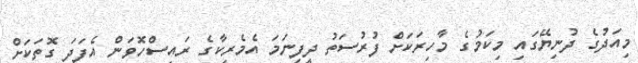
މިއަދުގެ ދުނިޔޭގައި މިކަމުގެ މާހިރަކަށް ފުރުސަތު ދީފިނަމަ އެމެރިކާގެ ރައީސްހޮވަން އެފަދަ ގޮތަކަށް